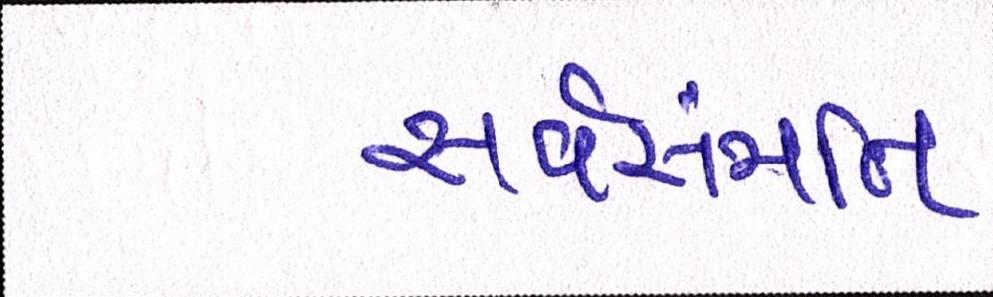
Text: સર્વસંમતિ